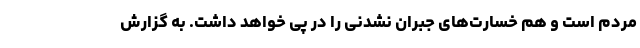
مردم است و هم خسارت‌های جبران نشدنی را در پی خواهد داشت. به گزارش